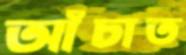
আঁচাত